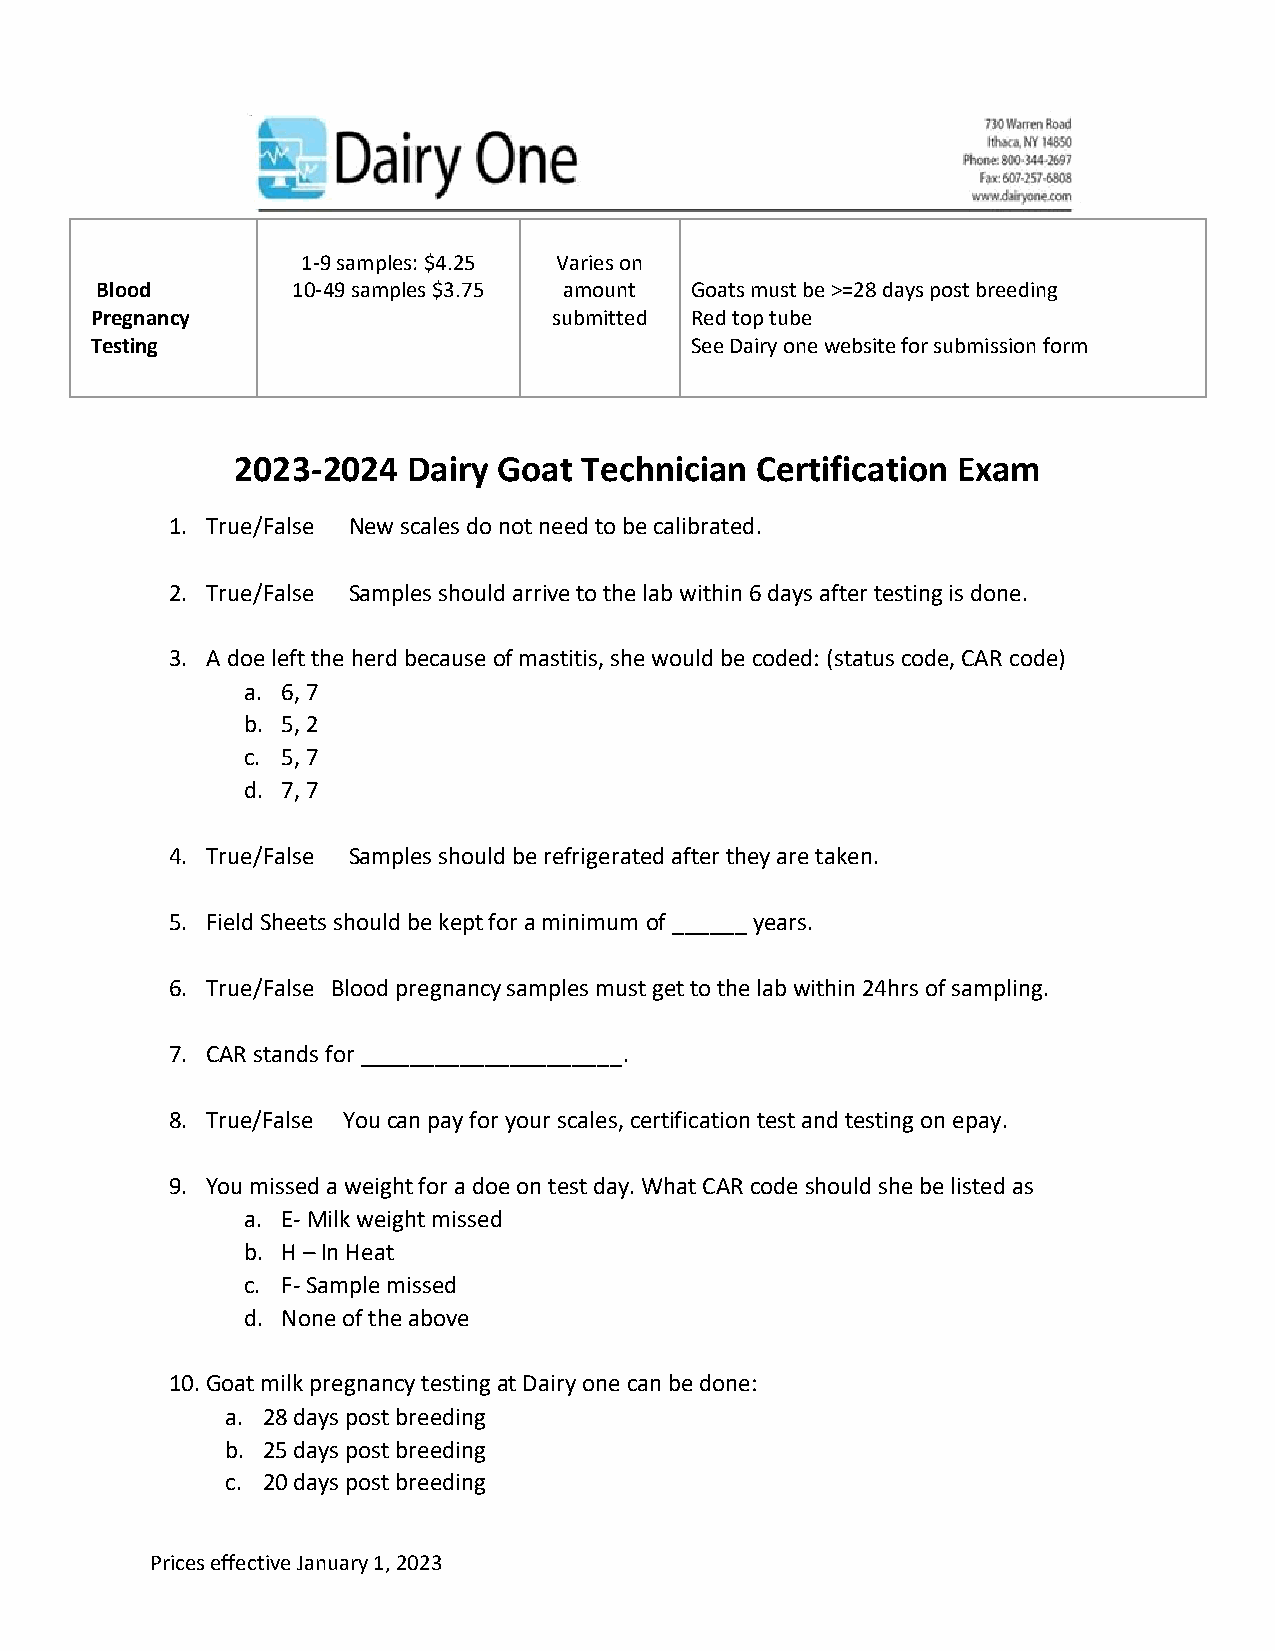
1-9 samples: $4.25 Varies on
 Blood        10-49 samples $3.75 amount Goats must be >=28 days post breeding
 Pregnancy                      submitted Red top tube
 Testing                                 See Dairy one website for submission form
 2023-2024  Dairy Goat  Technician Certification Exam
 1. True/False New scales do not need to be calibrated.
 2. True/False Samples should arrive to the lab within 6 days after testing is done.
 3. A doe left the herd because of mastitis, she would be coded: (status code, CAR code)
 a. 6, 7
 b. 5, 2
 c. 5, 7
 d. 7, 7
 4. True/False Samples should be refrigerated after they are taken.
 5. Field Sheets should be kept for a minimum of ______ years.
 6. True/False Blood pregnancy samples must get to the lab within 24hrs of sampling.
 7. CAR stands for _____________________.
 8. True/False You can pay for your scales, certification test and testing on epay.
 9. You missed a weight for a doe on test day. What CAR code should she be listed as
 a. E- Milk weight missed
 b. H – In Heat
 c. F- Sample missed
 d. None of the above
 10. Goat milk pregnancy testing at Dairy one can be done:
 a. 28 days post breeding
 b. 25 days post breeding
 c. 20 days post breeding
 Prices effective January 1, 2023